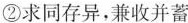
②求同存异，兼收并蓄